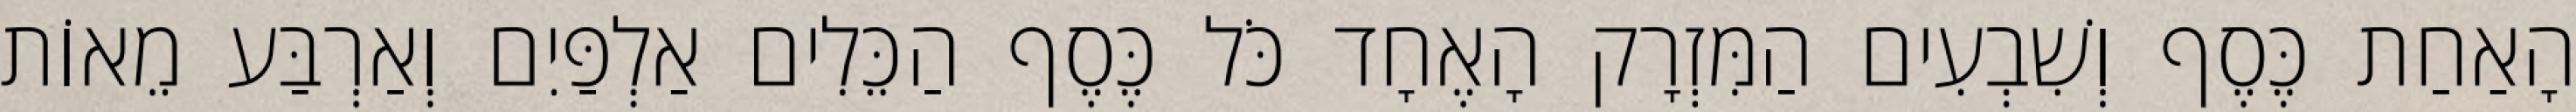
הָאַחַת כֶּסֶף וְשִׁבְעִים הַמִּזְרָק הָאֶחָד כֹּל כֶּסֶף הַכֵּלִים אַלְפַּיִם וְאַרְבַּע מֵאוֹת